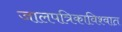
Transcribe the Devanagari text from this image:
जालपत्रिकाविश्वात